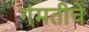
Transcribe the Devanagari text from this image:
गंमतीचे